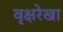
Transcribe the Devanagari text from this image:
वृक्षरेखा